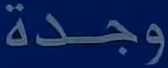
وجدة